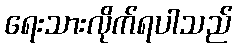
ရေးသားလိုက်ရပါသည်